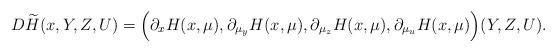
LaTeX: \begin{align*} D\widetilde H(x,Y,Z,U) =\Big(\partial_xH(x,\mu),\partial_{\mu_y}H(x,\mu),\partial_{\mu_z}H(x,\mu),\partial_{\mu_u}H(x,\mu)\Big)(Y,Z,U).\end{align*}